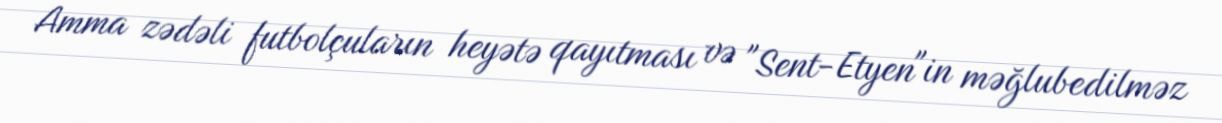
Amma zədəli futbolçuların heyətə qayıtması və "Sent-Etyen"in məğlubedilməz